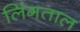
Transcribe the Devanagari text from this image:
लिंगताल